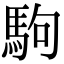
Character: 駒